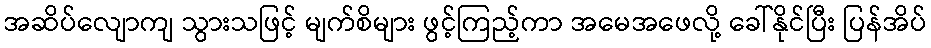
အဆိပ်လျောကျ သွားသဖြင့် မျက်စိများ ဖွင့်ကြည့်ကာ အမေအဖေလို့ ခေါ်နိုင်ပြီး ပြန်အိပ်